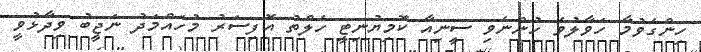
ހިންގެވުމާ ހަވާލުވެ ހުންނެވި ސީނިއާ ކޮމިޔުނިޓީ ހެލްތު އޮފިސަރު މުހައްމަދު ނަޖީބު ވިދާޅުވީ